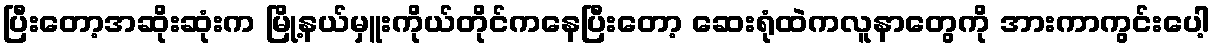
ပြီးတော့အဆိုးဆုံးက မြို့နယ်မှူးကိုယ်တိုင်ကနေပြီးတော့ ဆေးရုံထဲကလူနာတွေကို အားကာကွင်းပေါ့